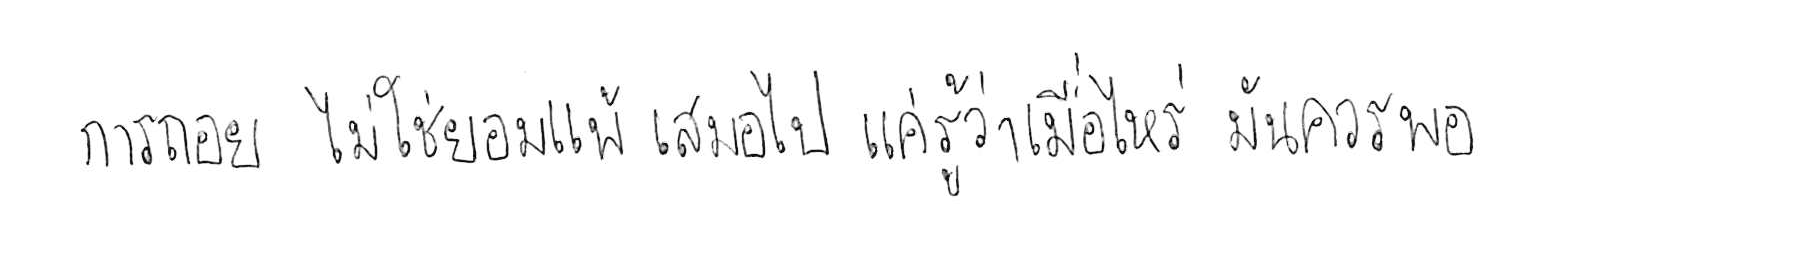
การถอย ไม่ใช่ยอมแพ้ เสมอไป แค่รู้ว่าเมื่อไหร่ มันควรพอ